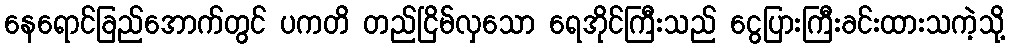
နေရောင်ခြည်အောက်တွင် ပကတိ တည်ငြိမ်လှသော ရေအိုင်ကြီးသည် ငွေပြားကြီးခင်းထားသကဲ့သို့